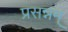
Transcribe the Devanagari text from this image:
प्रसन्नम्